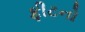
ફીટનો